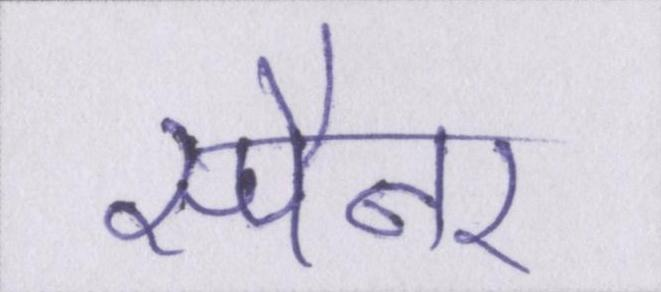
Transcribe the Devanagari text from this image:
स्पैनर